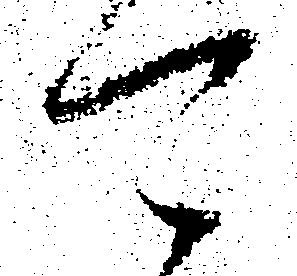
可